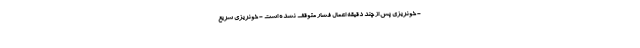
- خونریزی پس از چند دقیقه اعمال فشار متوقف نشده است - خونریزی سریع